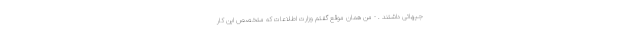
جیهاتی داشتند . - من همان موقع گفتم وزارت اطلاعات که متخصص این کار